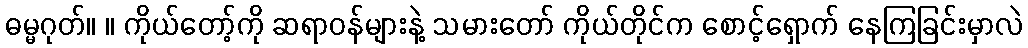
ဓမ္မဂုတ်။ ။ ကိုယ်တော့်ကို ဆရာဝန်များနဲ့ သမားတော် ကိုယ်တိုင်က စောင့်ရှောက် နေကြခြင်းမှာလဲ